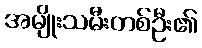
အမျိုးသမီးတစ်ဦး၏